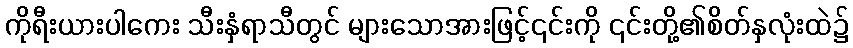
ကိုရီးယားပါကေး သီးနှံရာသီတွင် များသောအားဖြင့်၎င်းကို ၎င်းတို့၏စိတ်နှလုံးထဲ၌